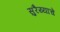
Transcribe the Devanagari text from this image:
सुरैय्याचे